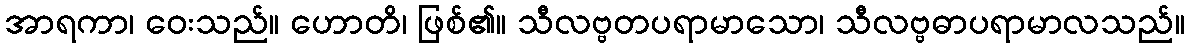
အာရကာ၊ ဝေးသည်။ ဟောတိ၊ ဖြစ်၏။ သီလဗ္ဗတပရာမာသော၊ သီလဗ္ဗဓာပရာမာလသည်။